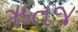
ઋતજ